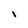
Character: l